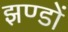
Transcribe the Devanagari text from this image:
झण्‍डों